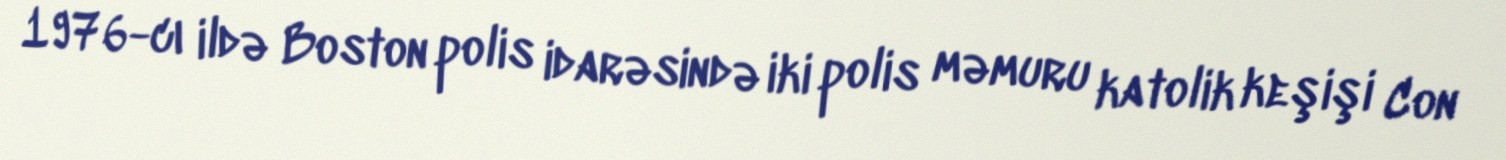
1976-cı ildə Boston polis idarəsində iki polis məmuru katolik keşişi Con